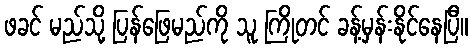
ဖခင် မည်သို့ ပြန်ဖြေမည်ကို သူ ကြိုတင် ခန့်မှန်းနိုင်နေပြီ။